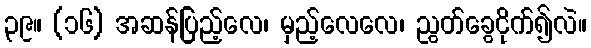
၃၉။ (၁၆) အဆန်ပြည့်လေ၊ မှည့်လေလေ၊ ညွတ်ခွေငိုက်၍လဲ။